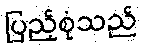
ပြည့်စုံသည်